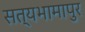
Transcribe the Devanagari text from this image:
सत्यभामापुर